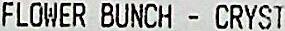
FLOWER BUNCH - CRYST